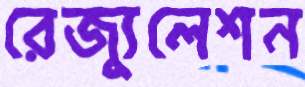
রেজ্যুলেশন